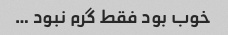
خوب بود فقط گرم نبود …